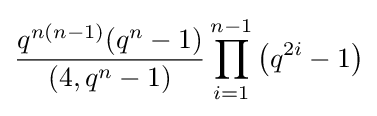
{\frac {q^{n(n-1)}(q^{n}-1)}{(4,q^{n}-1)}}\prod _{i=1}^{n-1}\left(q^{2i}-1\right)